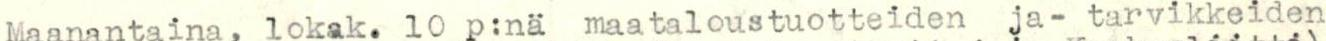
Maanantaina, lokak. 10 p:nä maataloustuotteiden ja- tarvikkeiden